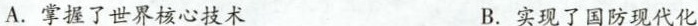
A.掌握了世界核心技术 B.实现了国防现代化